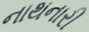
નાથનારી